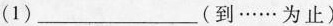
(1)___(到……为止)